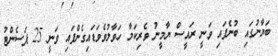
ބަޔާނުގައި ބުނެފައި ވަނީ ރައީސް ޔާމީނު ވެރިކަމާ ހަވާލުވެވަޑައިގެންފައި ވަނީ 25 ޕަސެންޓު